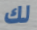
لك